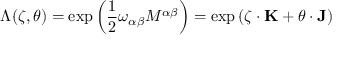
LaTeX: \Lambda ( { \boldsymbol { \zeta } } , { \boldsymbol { \theta } } ) = \exp \left( { \frac { 1 } { 2 } } \omega _ { \alpha \beta } M ^ { \alpha \beta } \right) = \exp \left( { \boldsymbol { \zeta } } \cdot \mathbf { K } + { \boldsymbol { \theta } } \cdot \mathbf { J } \right)